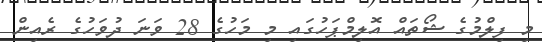
މި ފިލްމުގެ ޝޯތައް އޮލިމްޕަހުގައި މި މަހުގެ 28 ވަނަ ދުވަހުގެ ރެއިން